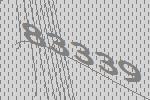
83339